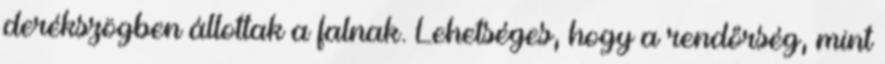
derékszögben állottak a falnak. Lehetséges, hogy a rendőrség, mint